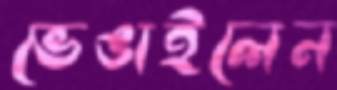
ভেঙাইলেন